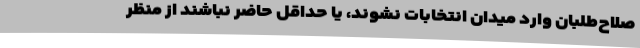
صلاح‌طلبان وارد میدان انتخابات نشوند، یا حداقل حاضر نباشند از منظر